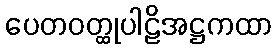
ပေတဝတ္ထုပါဠိအဋ္ဌကထာ